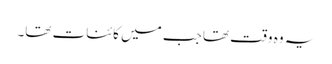
یہ وہ وقت تھا جب میں کائنات تھا۔